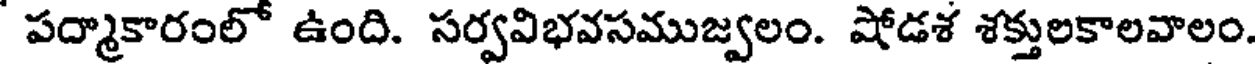
పద్మాకారంలో ఉంది. సర్వవిభవసముజ్వలం. షోడశ శక్తులకాలవాలం.